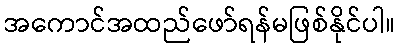
အကောင်အထည်ဖော်ရန်မဖြစ်နိုင်ပါ။